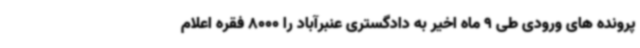
پرونده های ورودی طی 9 ماه اخیر به دادگستری عنبرآباد را 8000 فقره اعلام